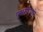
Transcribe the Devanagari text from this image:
एससीएफने